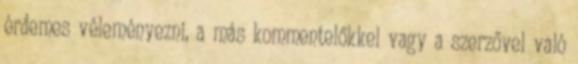
érdemes véleményezni, a más kommentelőkkel vagy a szerzővel való